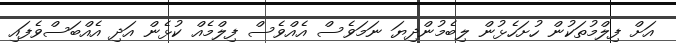
އަށް ފިލްމުތަކުން ހުށަހެޅުން ލިބެމުންދިޔަ ނަމަވެސް އެއްވެސް ފިލްމެއް ކުޅެން އަދި އެއްބަސްވެފައި